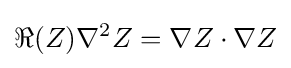
\Re (Z)\nabla ^{2}Z=\nabla Z\cdot \nabla Z